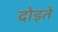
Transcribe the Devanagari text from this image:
दोड़ते